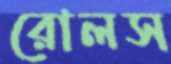
রোলস